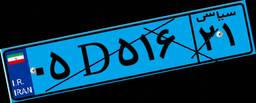
۹۲D۶۰۰۳۲